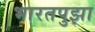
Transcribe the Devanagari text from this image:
भारतपुझा